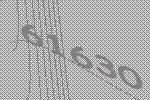
61630